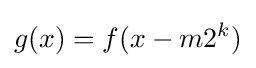
g(x)=f(x-m2^{k})